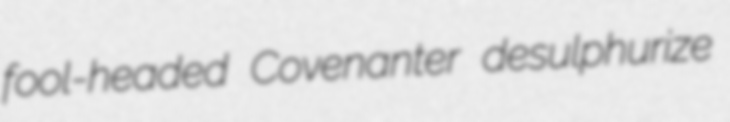
fool-headed Covenanter desulphurize